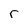
Character: r